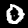
Label: 0